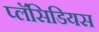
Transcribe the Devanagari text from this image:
प्लॅसिडियस